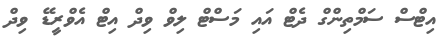
އިޓްސް ސަމްތިންގް ދެޓް އައި މަަަސްޓް ލިވް ވިދް އިޓް އެވްރީޑޭ ވިދް